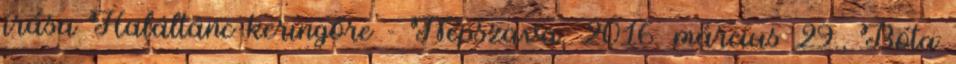
írása Haláltánc keringőre - Népszava, 2016. március 29., Bóta